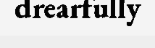
drearfully